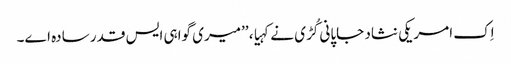
اِک امریکی نثاد جاپانی کُڑی نے کہیا، ’’میری گواہی ایس قدر سادہ اے۔